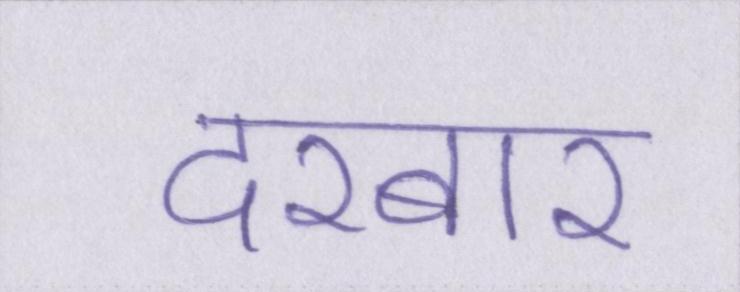
दरबार